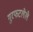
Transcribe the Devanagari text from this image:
गुरफटलेले